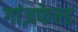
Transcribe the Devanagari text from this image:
गांज़फेल्ड